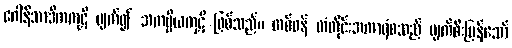
ဂေါနိသာဒိကကုဋိ ပျက်၍ အကပ္ပိယကုဋိ ဖြစ်သည်။ တစ်ဖန် တံတိုင်းအကာရံစသည် ပျက်စီးပြန်သော်